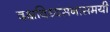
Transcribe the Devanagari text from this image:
दक्षविध्वंसनासमयी